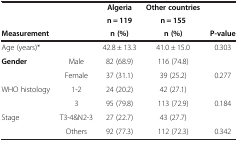
<table><thead><tr><td><b> </b></td><td><b> </b></td><td><b>Algeria</b></td><td><b>Other countries</b></td><td><b> </b></td></tr><tr><td><b> </b></td><td><b> </b></td><td><b>n = 119</b></td><td><b>n = 155</b></td><td><b> </b></td></tr><tr><td><b>Measurement</b></td><td><b> </b></td><td><b>n (%)</b></td><td><b>n (%)</b></td><td><b>P-value</b></td></tr></thead><tbody><tr><td>Age (years)*</td><td> </td><td>42.8 ± 13.3</td><td>41.0 ± 15.0</td><td>0.303</td></tr><tr><td><b>Gender</b></td><td>Male</td><td>82 (68.9)</td><td>116 (74.8)</td><td> </td></tr><tr><td> </td><td>Female</td><td>37 (31.1)</td><td>39 (25.2)</td><td>0.277</td></tr><tr><td>WHO histology</td><td>1-2</td><td>24 (20.2)</td><td>42 (27.1)</td><td> </td></tr><tr><td> </td><td>3</td><td>95 (79.8)</td><td>113 (72.9)</td><td>0.184</td></tr><tr><td>Stage</td><td>T3-4&amp;N2-3</td><td>27 (22.7)</td><td>43 (27.7)</td><td> </td></tr><tr><td> </td><td>Others</td><td>92 (77.3)</td><td>112 (72.3)</td><td>0.342</td></tr></tbody></table>